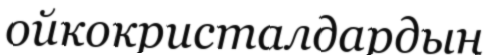
ойкокристалдардың